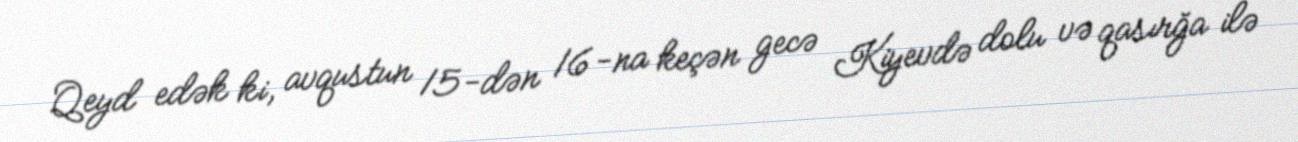
Qeyd edək ki, avqustun 15-dən 16-na keçən gecə Kiyevdə dolu və qasırğa ilə